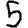
Digit: 5